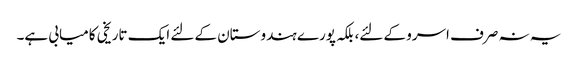
یہ نہ صرف اسرو کے لئے، بلکہ پورے ہندوستان کے لئے ایک تاریخی کامیابی ہے۔